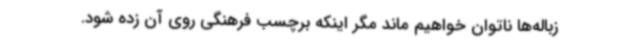
زباله‌ها ناتوان خواهیم ماند مگر اینکه برچسب فرهنگی روی آن زده شود.